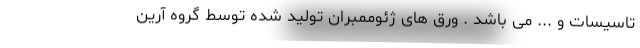
تاسیسات و ... می باشد . ورق های ژئوممبران تولید شده توسط گروه آرین